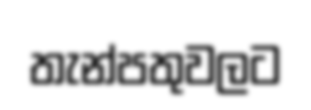
තැන්පතුවලට